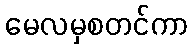
မေလမှစတင်ကာ